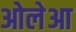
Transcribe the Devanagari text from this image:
ओलेआ